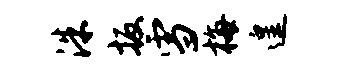
洙扳雪梅遑